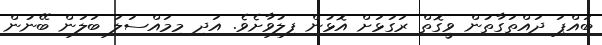
ބައްޕަ ދައްތަގާތުން ވީގޮތް ރަގަޅަށް އޮޅުން ފިލުވާށެވެ. އަދި މިމައްސަލަ ބަލަން ބޭނުން